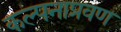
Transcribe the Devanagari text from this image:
कल्पनाप्रवण